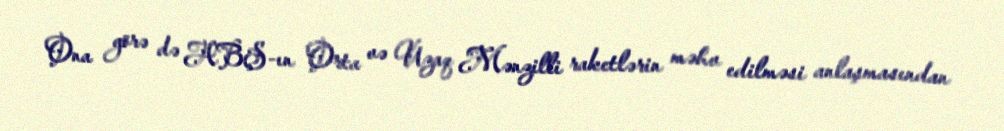
Ona görə də ABŞ-ın Orta və Uzaq Mənzilli raketlərin məhv edilməsi anlaşmasından